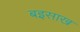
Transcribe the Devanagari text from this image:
बइसाख